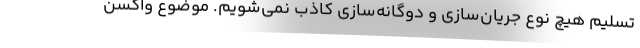
تسلیم هیچ نوع جریان‌سازی و دوگانه‌سازی کاذب نمی‌شویم. موضوع واکسن